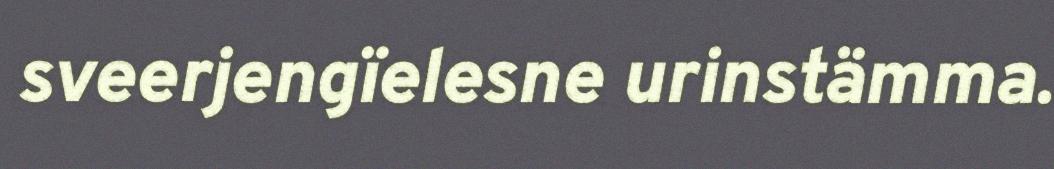
sveerjengïelesne urinstämma.